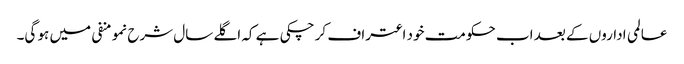
عالمی اداروں کے بعد اب حکومت خود اعتراف کر چکی ہے کہ اگلے سال شرح نمو منفی میں ہو گی۔